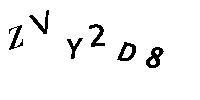
ZVY2D8